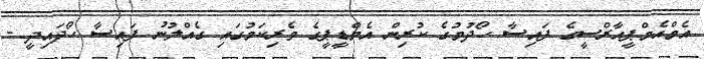
އެމްއެމްޕީއާރްސީގެ ފައިސާ ހޯދުމުގެ ކުރިން އެމްޑީޕީގެ ވެރިކަމުގައި ގެއްލުނު ފައިސާ ހޯދައިދީ -